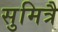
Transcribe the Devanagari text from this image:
सुमित्रै